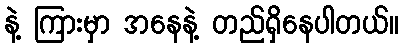
နဲ့ ကြားမှာ အနေနဲ့ တည်ရှိနေပါတယ်။